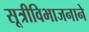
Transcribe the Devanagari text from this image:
सूत्रीविभाजनाने